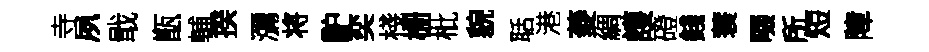
寺夙戢甑輔揆瀰将馿奕棧栅枇貌聒港菱綢護磴錢蓑啜所短障